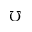
\mho